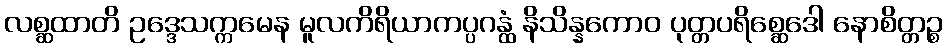
လစ္ဆထာတိ ဥဒ္ဒေသက္ကမေန မူလကိရိယာကပ္ပဂန္ထံ နိသိန္နကောဝ ပုတ္တပရိစ္ဆေဒေါ နောစိတ္တဉ္စ